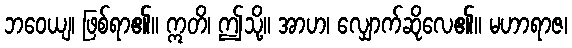
ဘဝေယျ၊ ဖြစ်ရာ၏။ ဣတိ၊ ဤသို့။ အာဟ၊ လျှောက်ဆိုလေ၏။ မဟာရာဇ၊